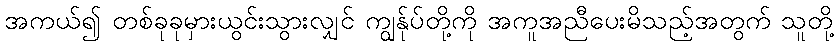
အကယ်၍ တစ်ခုခုမှားယွင်းသွားလျှင် ကျွန်ုပ်တို့ကို အကူအညီပေးမိသည့်အတွက် သူတို့